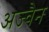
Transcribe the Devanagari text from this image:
अज्वैन